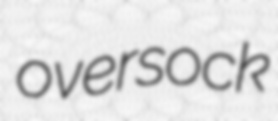
oversock